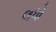
લધો